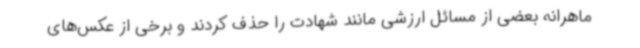
ماهرانه بعضی از مسائل ارزشی مانند شهادت را حذف کردند و برخی از عکس‌های